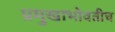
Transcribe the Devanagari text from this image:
प्रमुखाभोवतीच